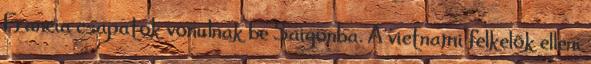
Francia csapatok vonulnak be Saigonba. A vietnami felkelõk elleni